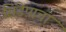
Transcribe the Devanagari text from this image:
सिंडेपाचा